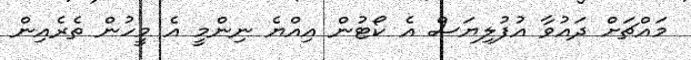
މައްޗަށް ދައުވާ އުފުލިޔަސް އެ ކޯޓުން އިއްޔެ ނިންމީ އެ މީހުން ތެރެއިން